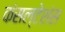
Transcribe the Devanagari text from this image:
कंसल्टेशंस